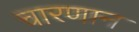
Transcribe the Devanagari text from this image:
चारणान